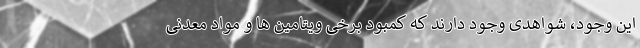
این وجود، شواهدی وجود دارند که کمبود برخی ویتامین ها و مواد معدنی